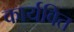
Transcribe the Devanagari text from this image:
कार्यवित